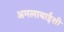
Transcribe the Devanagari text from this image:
अमलाबाईंशी